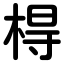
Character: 棏